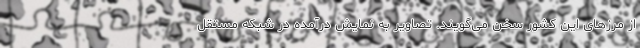
از مرزهای این کشور سخن می‌گویند. تصاویر به نمایش درآمده در شبکه مستقل